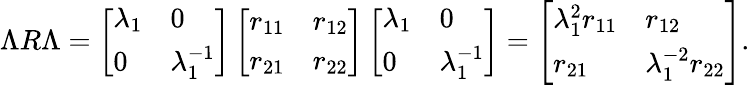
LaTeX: \Lambda R\Lambda=\left[\begin{array}{ll}{\lambda_{1}}&{0}\\ {0}&{\lambda_{1}^{-1}}\end{array}\right]\left[\begin{array}{ll}{r_{11}}&{r_{12}}\\ {r_{21}}&{r_{22}}\end{array}\right]\left[\begin{array}{ll}{\lambda_{1}}&{0}\\ {0}&{\lambda_{1}^{-1}}\end{array}\right]=\left[\begin{array}{ll}{\lambda_{1}^{2}r_{11}}&{r_{12}}\\ {r_{21}}&{\lambda_{1}^{-2}r_{22}}\end{array}\right].